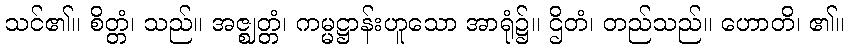
သင်၏။ စိတ္တံ၊ သည်။ အဇ္ဈတ္တံ၊ ကမ္မဋ္ဌာန်းဟူသော အာရုံ၌။ ဌိတံ၊ တည်သည်။ ဟောတိ၊ ၏။